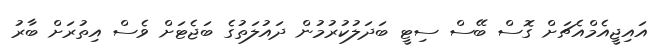
އައިޖީއެމްއެޗަށް ގޮސް ބޭސް ސިޓީ ބަދަލުކުރުމުން ދައުލަތުގެ ބަޖެޓަށް ވެސް އިތުރަށް ބާރު